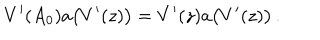
LaTeX: V ^ { \prime } ( A _ { 0 } ) a \bigl ( V ^ { \prime } ( z ) \bigr ) = V ^ { \prime } ( z ) a \bigl ( V ^ { \prime } ( z ) \bigr ) \, .